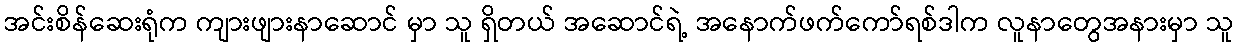
အင်းစိန်ဆေးရုံက ကျားဖျားနာဆောင် မှာ သူ ရှိတယ် အဆောင်ရဲ့ အနောက်ဖက်ကော်ရစ်ဒါက လူနာတွေအနားမှာ သူ